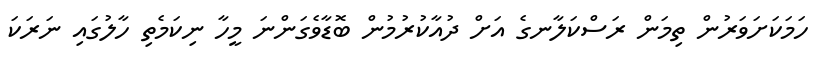
ހަމަކަށަވަރުން ތިމަން ރަސްކަލާނގެ އަށް ދުއާކުރުމުން ބޮޑާވެގަންނަ މީހާ ނިކަމެތި ހާލުގައި ނަރަކަ